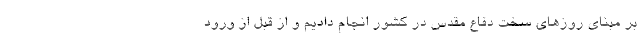
بر مبنای روزهای سخت دفاع مقدس در کشور انجام دادیم و از قبل از ورود